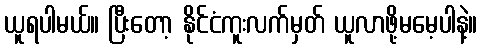
ယူရပါမယ်။ ပြီးတော့ နိုင်ငံကူးလက်မှတ် ယူလာဖို့မမေ့ပါနဲ့။